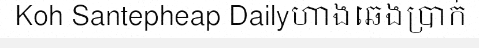
Koh Santepheap Dailyហាងឆេងប្រាក់